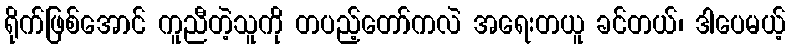
ရိုက်ဖြစ်အောင် ကူညီတဲ့သူကို တပည့်တော်ကလဲ အရေးတယူ ခင်တယ်၊ ဒါပေမယ့်